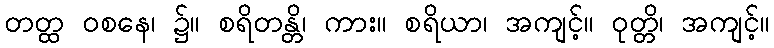
တတ္ထ ဝစနေ၊ ၌။ စရိတန္တိ၊ ကား။ စရိယာ၊ အကျင့်။ ဝုတ္တိ၊ အကျင့်။